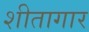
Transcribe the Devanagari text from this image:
शीतागार